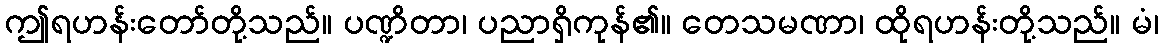
ဤရဟန်းတော်တို့သည်။ ပဏ္ဍိတာ၊ ပညာရှိကုန်၏။ တေသမဏာ၊ ထိုရဟန်းတို့သည်။ မံ၊